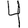
Digit: 4